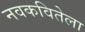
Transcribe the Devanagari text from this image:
नवकवितेला